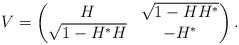
LaTeX: \begin{align*}V = \left( \begin{matrix}H & \sqrt{1-HH^*} \\\sqrt{1 - H^*H} & -H^*\end{matrix} \right).\end{align*}